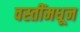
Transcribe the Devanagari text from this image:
वस्तींमधून